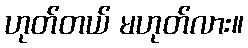
ဟုတ်တယ် မဟုတ်လား။